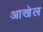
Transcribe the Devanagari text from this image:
आखेल